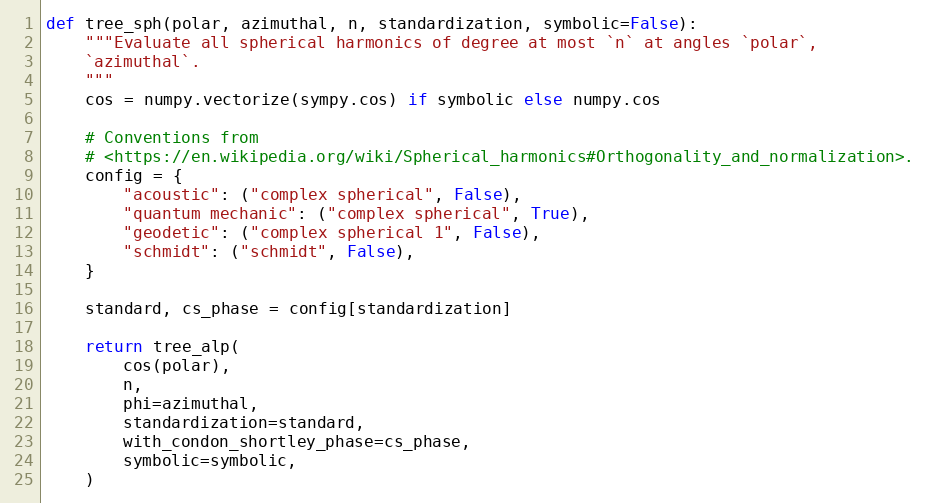
Language: Python
def tree_sph(polar, azimuthal, n, standardization, symbolic=False):
    """Evaluate all spherical harmonics of degree at most `n` at angles `polar`,
    `azimuthal`.
    """
    cos = numpy.vectorize(sympy.cos) if symbolic else numpy.cos

    # Conventions from
    # <https://en.wikipedia.org/wiki/Spherical_harmonics#Orthogonality_and_normalization>.
    config = {
        "acoustic": ("complex spherical", False),
        "quantum mechanic": ("complex spherical", True),
        "geodetic": ("complex spherical 1", False),
        "schmidt": ("schmidt", False),
    }

    standard, cs_phase = config[standardization]

    return tree_alp(
        cos(polar),
        n,
        phi=azimuthal,
        standardization=standard,
        with_condon_shortley_phase=cs_phase,
        symbolic=symbolic,
    )